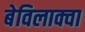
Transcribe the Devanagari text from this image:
बेविलाक्वा